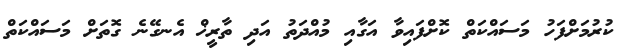
ކުރުމަށްފަހު މަސައްކަތް ކޮށްފައިވާ އަގާއި މުއްދަތު އަދި ތާރީޚް އެނގޭނެ ގޮތަށް މަސައްކަތް